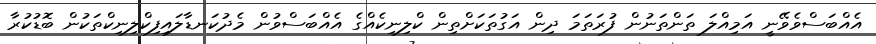
އެއްބަސްވެވޭނީ އަމިއްލަ ތަންތަނުން ފުރަތަމަ ދިން އަގުތަކަށްތިން ކްލިނިކެއްގެ އެއްބަސްވުން މެދުކަނޑާލައިފިކްލިނިކްތަކުން ބޮޑުކުރާ